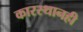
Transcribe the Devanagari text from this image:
कारस्थानही